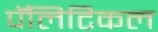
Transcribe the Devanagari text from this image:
पॅलिटिकल